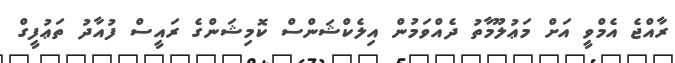
ރާއްޖެ އެމްވީ އަށް މަޢުލޫމާތު ދެއްވަމުން އިލެކްޝަންސް ކޮމިޝަންގެ ރައީސް ފުއާދު ތަޢުފީގް